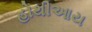
હોથીઆય